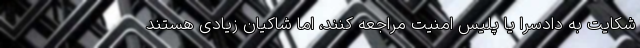
شکایت به دادسرا یا پلیس امنیت مراجعه کنند، اما شاکیان زیادی هستند